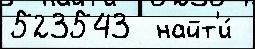
523543  найт'и́